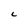
Character: C